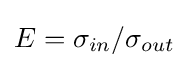
E=\sigma _{in}/\sigma _{out}